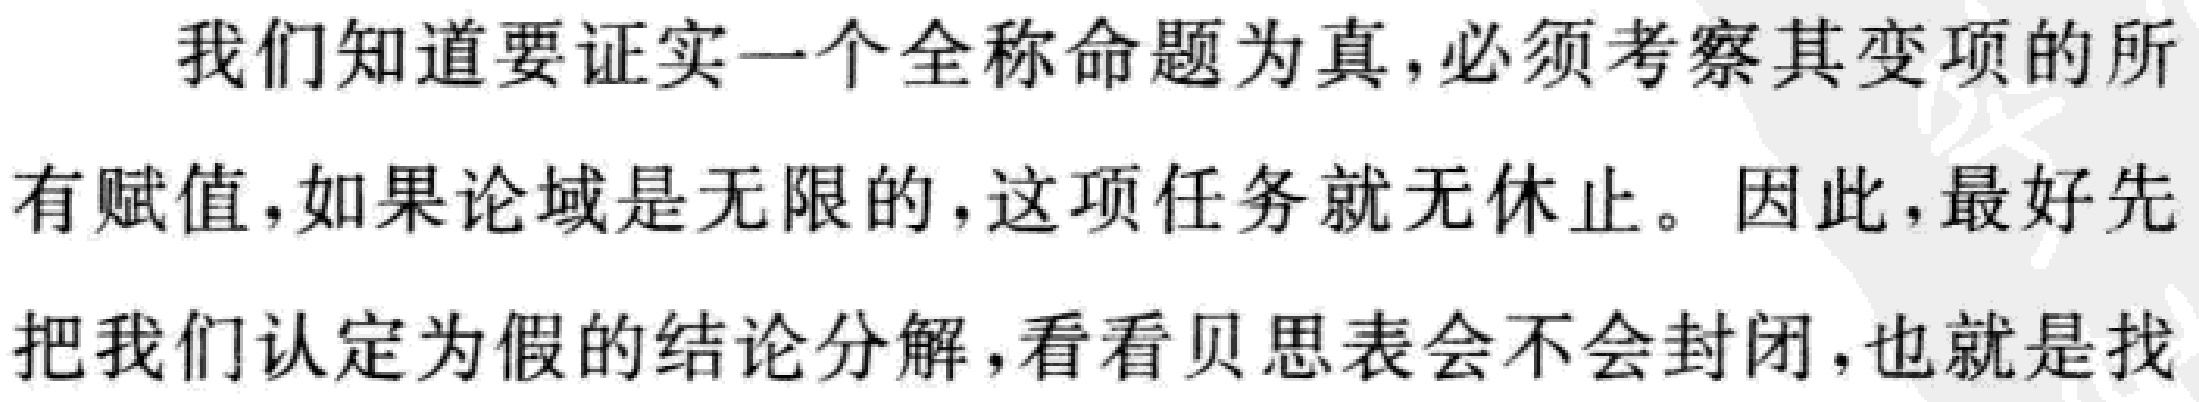
我们知道要证实一个全称命题为真,必须考察其变项的所有赋值,如果论域是无限的,这项任务就无休止。因此,最好先把我们认定为假的结论分解,看看贝思表会不会封闭,也就是找